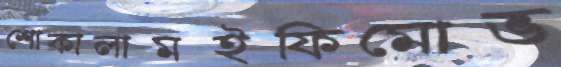
শোকালামইফিমোভ